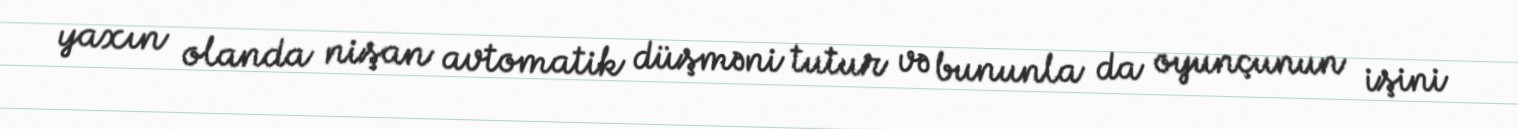
yaxın olanda nişan avtomatik düşməni tutur və bununla da oyunçunun işini